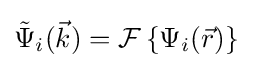
{\tilde {\Psi }}_{i}({\vec {k}})={\mathcal {F}}\left\{\Psi _{i}({\vec {r}})\right\}